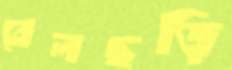
বেলছড়ি